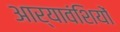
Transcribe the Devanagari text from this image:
आर्यावंशियों